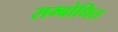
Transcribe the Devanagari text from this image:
सम्‍बोधित